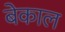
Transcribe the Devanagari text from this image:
बेकाल